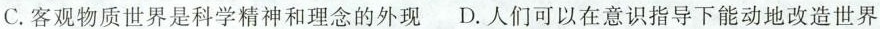
C.客观物质世界是科学精神和理念的外现 D.人们可以在意识指导下能动地改造世界